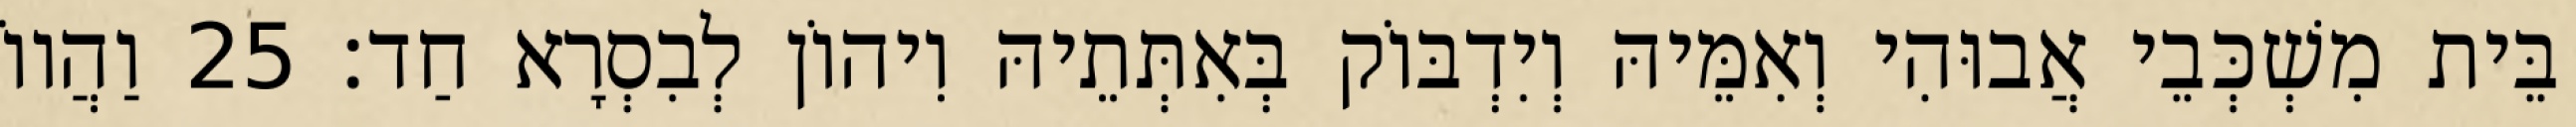
בֵּית מִשְׁכְּבֵי אֲבוּהִי וְאִמֵּיהּ וְיִדְבּוֹק בְּאִתְּתֵיהּ וִיהוֹן לְבִסְרָא חַד׃ 25 וַהֲווֹ